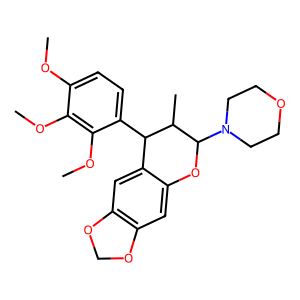
SMILES: COc1ccc(C2c3cc4c(cc3OC(N3CCOCC3)C2C)OCO4)c(OC)c1OC
Inhibits HIV replication: No